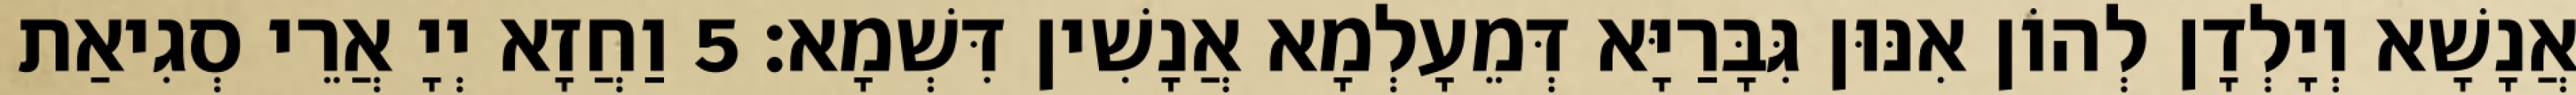
אֲנָשָׁא וְיָלְדָן לְהוֹן אִנּוּן גִּבָּרַיָּא דְּמֵעָלְמָא אֲנָשִׁין דִּשְׁמָא׃ 5 וַחֲזָא יְיָ אֲרֵי סְגִיאַת